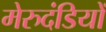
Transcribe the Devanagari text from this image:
मेरुदंडियों